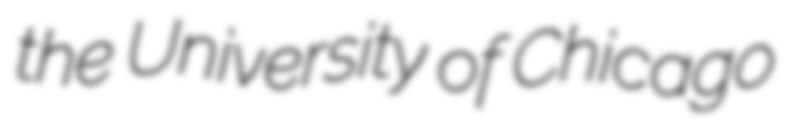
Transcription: the University of Chicago